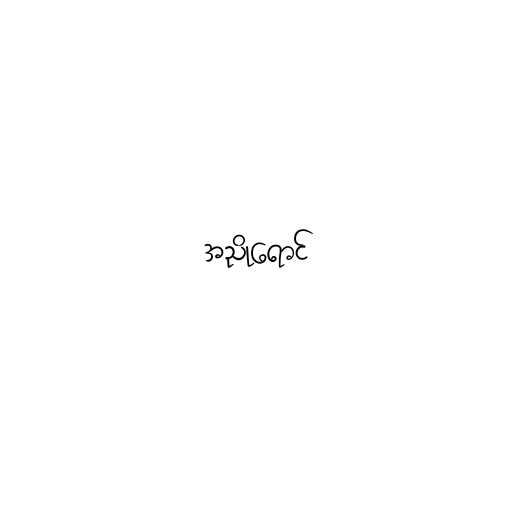
အညိုရောင်